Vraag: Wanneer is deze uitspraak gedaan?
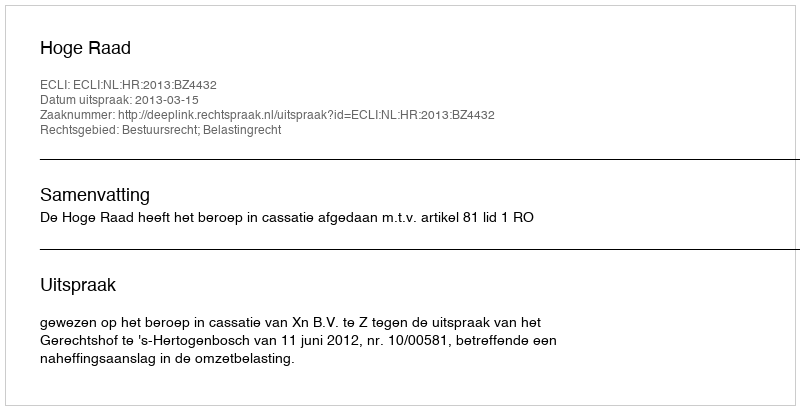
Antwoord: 2013-03-15